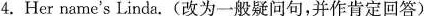
4.Her name's Linda。(改为一般疑问句，并作肯定回答)